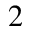
2